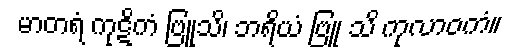
မာတရံ ကုဋိကံ ဗြူသိ၊ ဘရိယံ ဗြူ သိ ကုလာဝကံ။